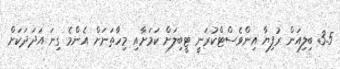
3.5 ބިލިއަން ރުފިޔާ އިންވެސްޓްކުރަނީ ޓީބިލަށް ކަމަށާއި މިހާތަނަށް އެންމެ ގިނަ އަދަދަކަށް